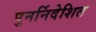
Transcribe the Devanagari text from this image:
पुनर्निदेशित